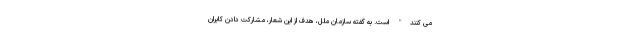
می کنند" است. به گفته سازمان ملل، هدف از این شعار، مشارکت دادن کابران